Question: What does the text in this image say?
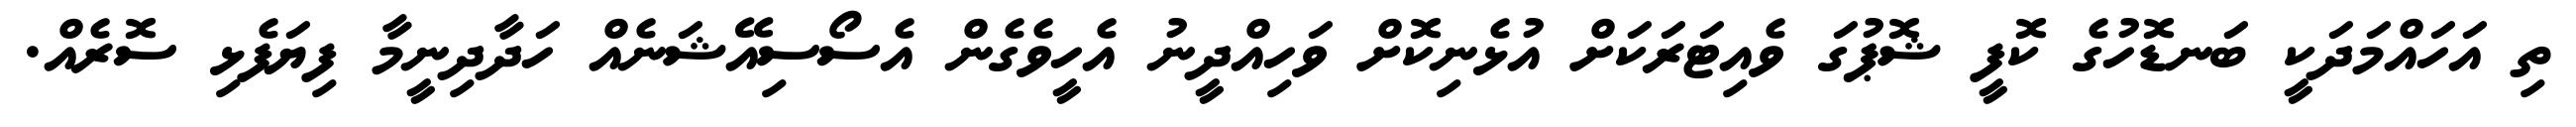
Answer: ތި އަހައްމަދަކީ ބަނޑޮހުގެ ކޮފީ ޝޮޕުގަ ވެއިޓަރަކަށް އުޅެނިކޮށް ވަހިއްދީނު އެހީވެގެން އެސޯސިއޭޝަނެއް ހަދާދިނީމާ ފިޔަފެޅި ސޮރެއް.